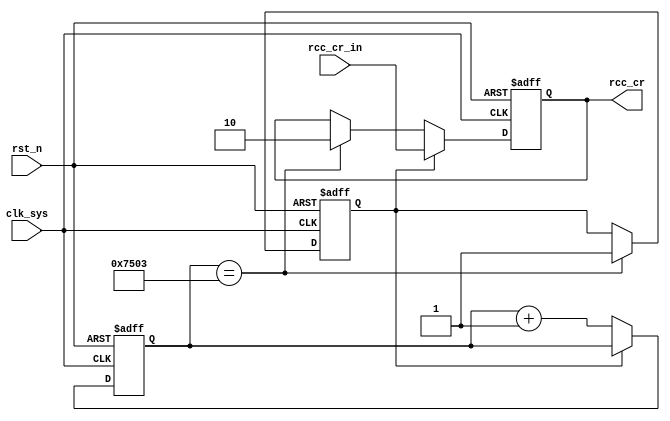
module rcc_cr (
	input clk_sys			,
	input rst_n  			,  // Asynchronous reset active low
	input [1:0] rcc_cr_in   ,

	output reg [1:0] rcc_cr 
);
	reg flag 	   ;
	reg [15:0] cnt ;

	always @(posedge clk_sys or negedge rst_n) begin
		if (rst_n == 1'b0) begin
			flag <= 1'b0 ;
		end
		else if (cnt == 16'd29_955) begin
			flag <= 1'b1 ;
		end
	end

	always @(posedge clk_sys or negedge rst_n) begin
		if (rst_n == 1'b0) begin
			cnt <= 16'b0000_0000_0000_0000 ;
		end
		else if (flag == 1'b0) begin
			cnt <= cnt + 1'b1 ;
		end
	end
	always @(posedge clk_sys or negedge rst_n) begin
		if (rst_n == 1'b0) begin
			rcc_cr <= 2'b00 ;
		end
		else if (flag == 1'b1) begin
			rcc_cr <= rcc_cr_in ;
		end else begin
			if (cnt  == 16'd29_955) begin
				rcc_cr <= 2'b10  ;
			end else begin
				rcc_cr <= rcc_cr ;
			end
		end
	end

endmodule